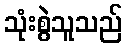
သုံးစွဲသူသည်